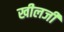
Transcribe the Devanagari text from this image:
खीलजी